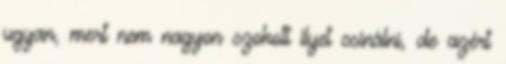
ugyan, mert nem nagyon szokott ilyet csinálni, de azért